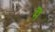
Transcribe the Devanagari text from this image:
मेॆ